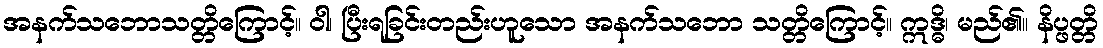
အနက်သဘောသတ္တိကြောင့်။ ဝါ၊ ပြီးရခြင်းတည်းဟူသော အနက်သဘော သတ္တိကြောင့်။ ဣဒ္ဓိ၊ မည်၏။ နိပ္ဖတ္တိ